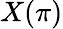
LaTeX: X(\pi)